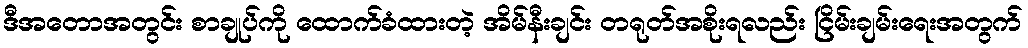
ဒီအတောအတွင်း စာချုပ်ကို ထောက်ခံထားတဲ့ အိမ်နီးချင်း တရုတ်အစိုးရလည်း ငြိမ်းချမ်းရေးအတွက်